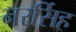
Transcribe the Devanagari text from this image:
नरर्सिह